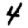
Digit: 4